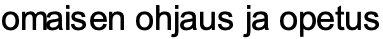
omaisen ohjaus ja opetus